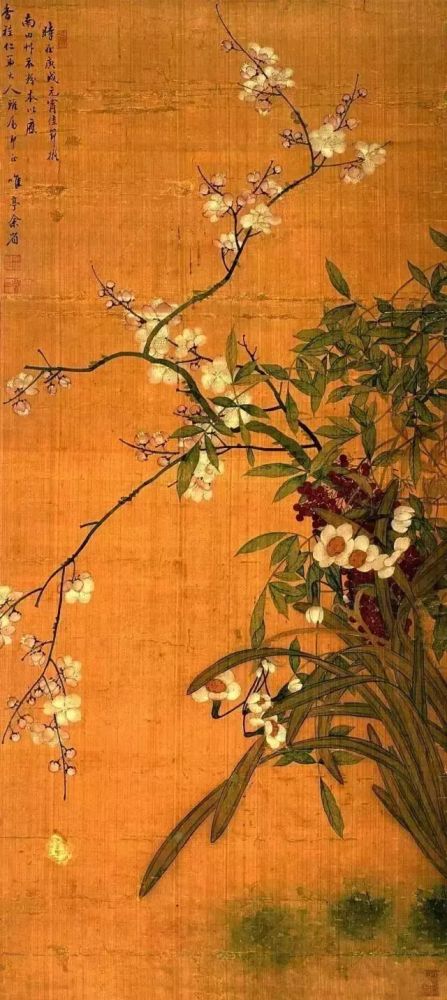
柳重烟深，雪絮飞来往。